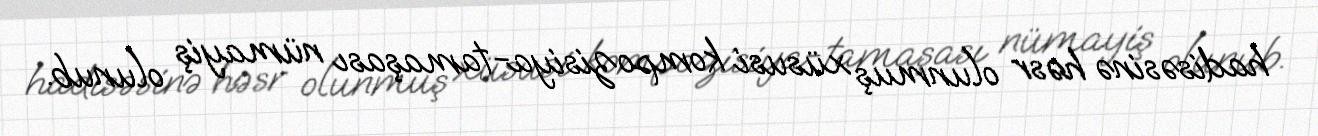
hadisəsinə həsr olunmuş xüsusi kompozisiya-tamaşası nümayiş olunub.